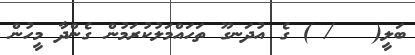
ބަލީ(   / ) ގެ އުދަނގޫ ތަހައްމަލުކުރަމުން ގެންދާ މީހުން